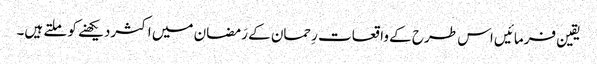
یقین فرمائیں اس طرح کے واقعات رِحمان کے رَمضان میں اکثردیکھنے کو ملتے ہیں۔